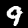
Label: 9